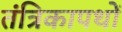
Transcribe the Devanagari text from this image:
तंत्रिकापथों